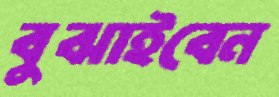
বুঝাইবেন